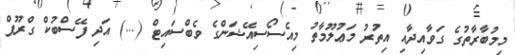
މިމުބާރާތުގެ ގަވާއިދާއި އިތުރު މަޢުލޫމާތު މިއެސޯސިއޭޝަންގެ ވެބްސައިޓް (...) އަދި ފޭސްބުކް ގްރޫޕް